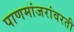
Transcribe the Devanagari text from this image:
पाणमांजरांवरती